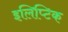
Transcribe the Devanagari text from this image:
इलिप्टिक